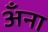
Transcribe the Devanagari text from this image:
अँना